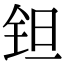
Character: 钽